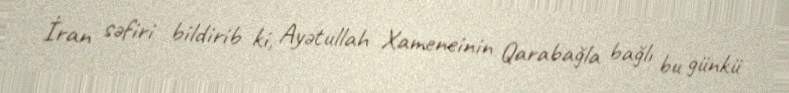
İran səfiri bildirib ki, Ayətullah Xameneinin Qarabağla bağlı bu günkü